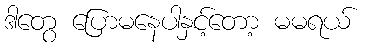
ဒါတွေ ပြောမနေပါနှင့်တော့ မမရယ်